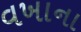
વખાના